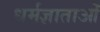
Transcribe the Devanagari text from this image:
धर्मज्ञाताओं